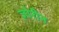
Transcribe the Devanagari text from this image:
ज़ोरीन